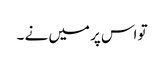
تو اس پر میں نے ۔